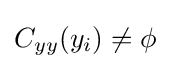
C_{yy}(y_{i})\neq \phi